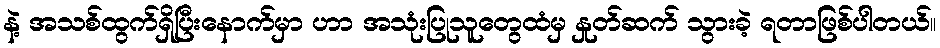
နဲ့ အသစ်ထွက်ရှိပြီးနောက်မှာ ဟာ အသုံးပြုသူတွေထံမှ နှုတ်ဆက် သွားခဲ့ ရတာဖြစ်ပါတယ်။